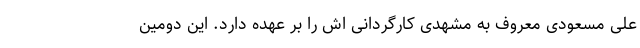
علی مسعودی معروف به مشهدی کارگردانی اش را بر عهده دارد. این دومین